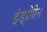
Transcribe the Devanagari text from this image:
इंड्थ्रैाीन